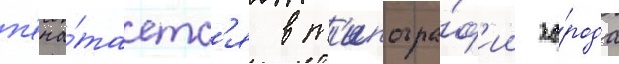
п'еча́таетс'я в т'ипогра́ф'ии го́рода